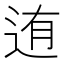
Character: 迶